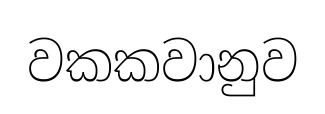
වකකවානුව